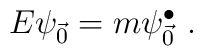
E \psi_{\vec{0}} = m \psi^{\bullet}_{\vec{0}}~.